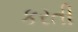
કરતી